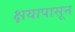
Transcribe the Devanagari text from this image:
क्षयापासून